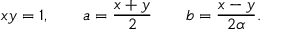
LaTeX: x y = 1 , \qquad a = { \frac { x + y } { 2 } } \qquad b = { \frac { x - y } { 2 \alpha } } .